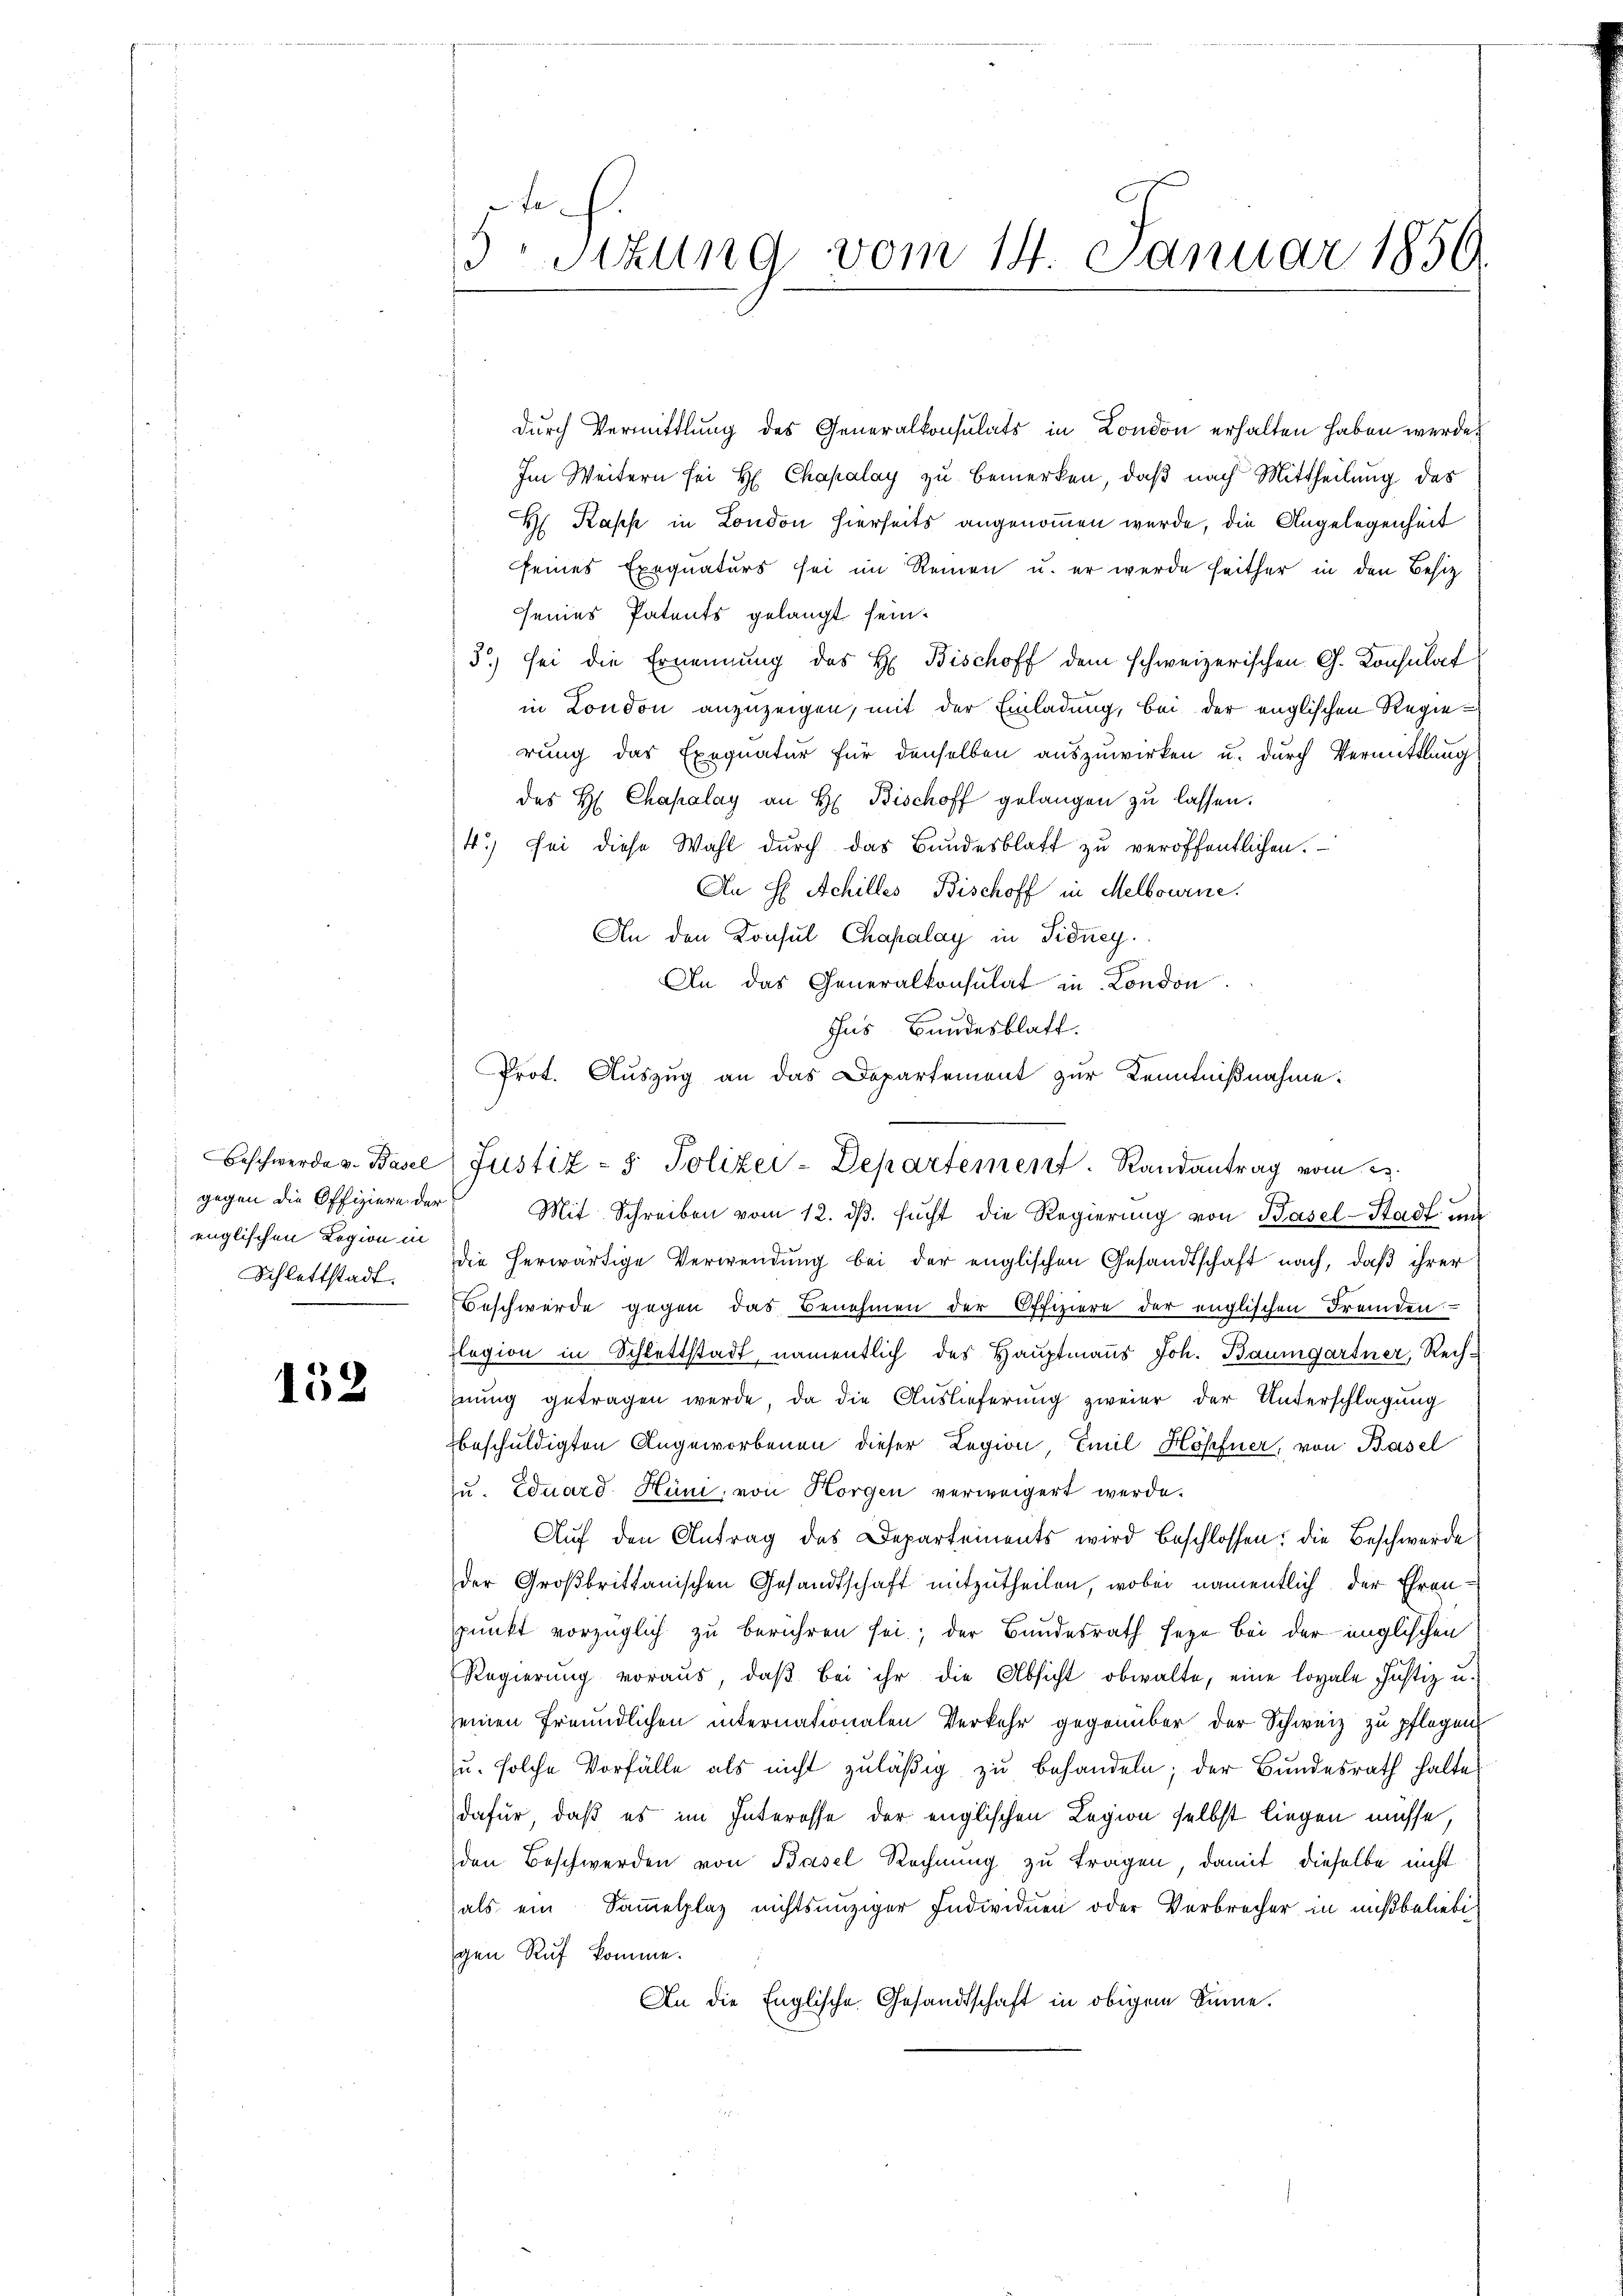
gegen die Offiziere der
englischen Legion in

152

5Sizung vom 14. Januar 1850.

durch Vermittlung des Generalkonsulats in London erhalten haben werde
Im Weitern sei H. Chapalay zu bemerken, daß nach Mittheilung des
H Kapp in London hierseits angenommen wurde, die Angelegenheit
seines Exequaturs sei im Reinen u. er werde heither in den Besitz
seines Patents gelangt sein.
3) sei die Ernennung des H. Bischoff dem schweizerischen G. Konsulat
in London anzuzeigen, mit der Einladung, bei der englischen Regierung das Exequatur für denselben auszuwirken u. durch Vermittlung
des H. Chapalay an H. Bischoff gelangen zu lassen.
4.) Sei diese Wahl durch das Bundesblatt zu veröffentlichen.
An H. Achilles Bischoff in Melbourne.
An den Konsul Chapalay in Sidney
An das Generalkonsulat in London.
Ins Bundesblatt.
Mit Schreiben vom 12. dβ. sucht die Regierung von Basel-Stadt und
Schlattstadt. Die herwärtige Verwendung bei der englischen Gesandtschaft nach, daß ihrer
Beschwerde gegen das Benehmen der Offiziere der englischen Fremden
Elegion in Schlettstadt, namentlich des Hauptmanns Joh. Baumgartner, Rechnnung getragen werde, da die Auslieferung zweier der Unterschlagung
beschuldigten Angeworbenen dieser Legion, Emil Höpfner, von Basel
zu. Eduard Hüni, von Horgen verweigert werde.
Auf den Antrag des Departements wird beschlossen, die Beschwerde
der Großbrittanischen Gesandtschaft mitzutheilen, wobei namentlich der Ehrenpunkt vorzüglich zu berühren sei; der Bundesrath seye bei der englischen
Regierŭng voraus, daβ bei ihr die Absicht obwalte, eine loyale Justiz u.
seinen freundlichen internationalen Verkehr gegenüber der Schweiz zu pflegen
u. solche Vorfälle als nicht zuläßig zu behandeln; der Bundesrath halte
dafür, daß es im Interesse der englischen Legion selbst liegen müsse,
den Beschwerden von Basel Rechnung zu tragen, damit dieselbe nicht
als ein Sammelplaz nichtsanziger Individuen oder Verbrecher in nicht beliebe
gen Ruf komme.
An die Englische Gesandtschaft in obigem Sinne.

Prot. Auszug an das Departement zur Kenntnißnahme.
Beschwerde u. Basel Justiz- & Polizei-Departement. Randantrag vom 23.